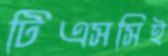
টিএসসিই